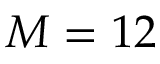
M = 1 2